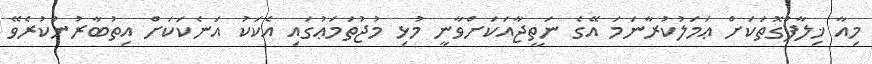
މިއާ ޚިލާފުގޮތަކަށް ޢަމަލުކުރާނަމަ އޭގެ ނަތީޖާއަކަށްވާނީ މުޅި މުޖުތަމަޢުގައި އެކަކު އަނެކަކަށް އިތުބާރުނުކުރެވޭ